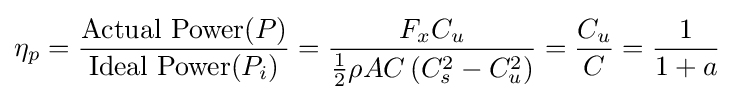
\eta _{p}={\frac {{\text{Actual Power}}(P)}{{\text{Ideal Power}}(P_{i})}}={\frac {F_{x}C_{u}}{{\frac {1}{2}}\rho AC\left(C_{s}^{2}-C_{u}^{2}\right)}}={\frac {C_{u}}{C}}={\frac {1}{1+a}}